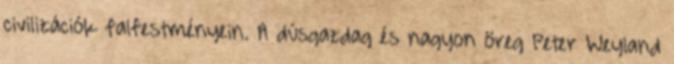
civilizációk falfestményein. A dúsgazdag és nagyon öreg Peter Weyland